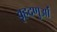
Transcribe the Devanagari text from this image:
वृहदणुओं